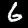
Digit: 6